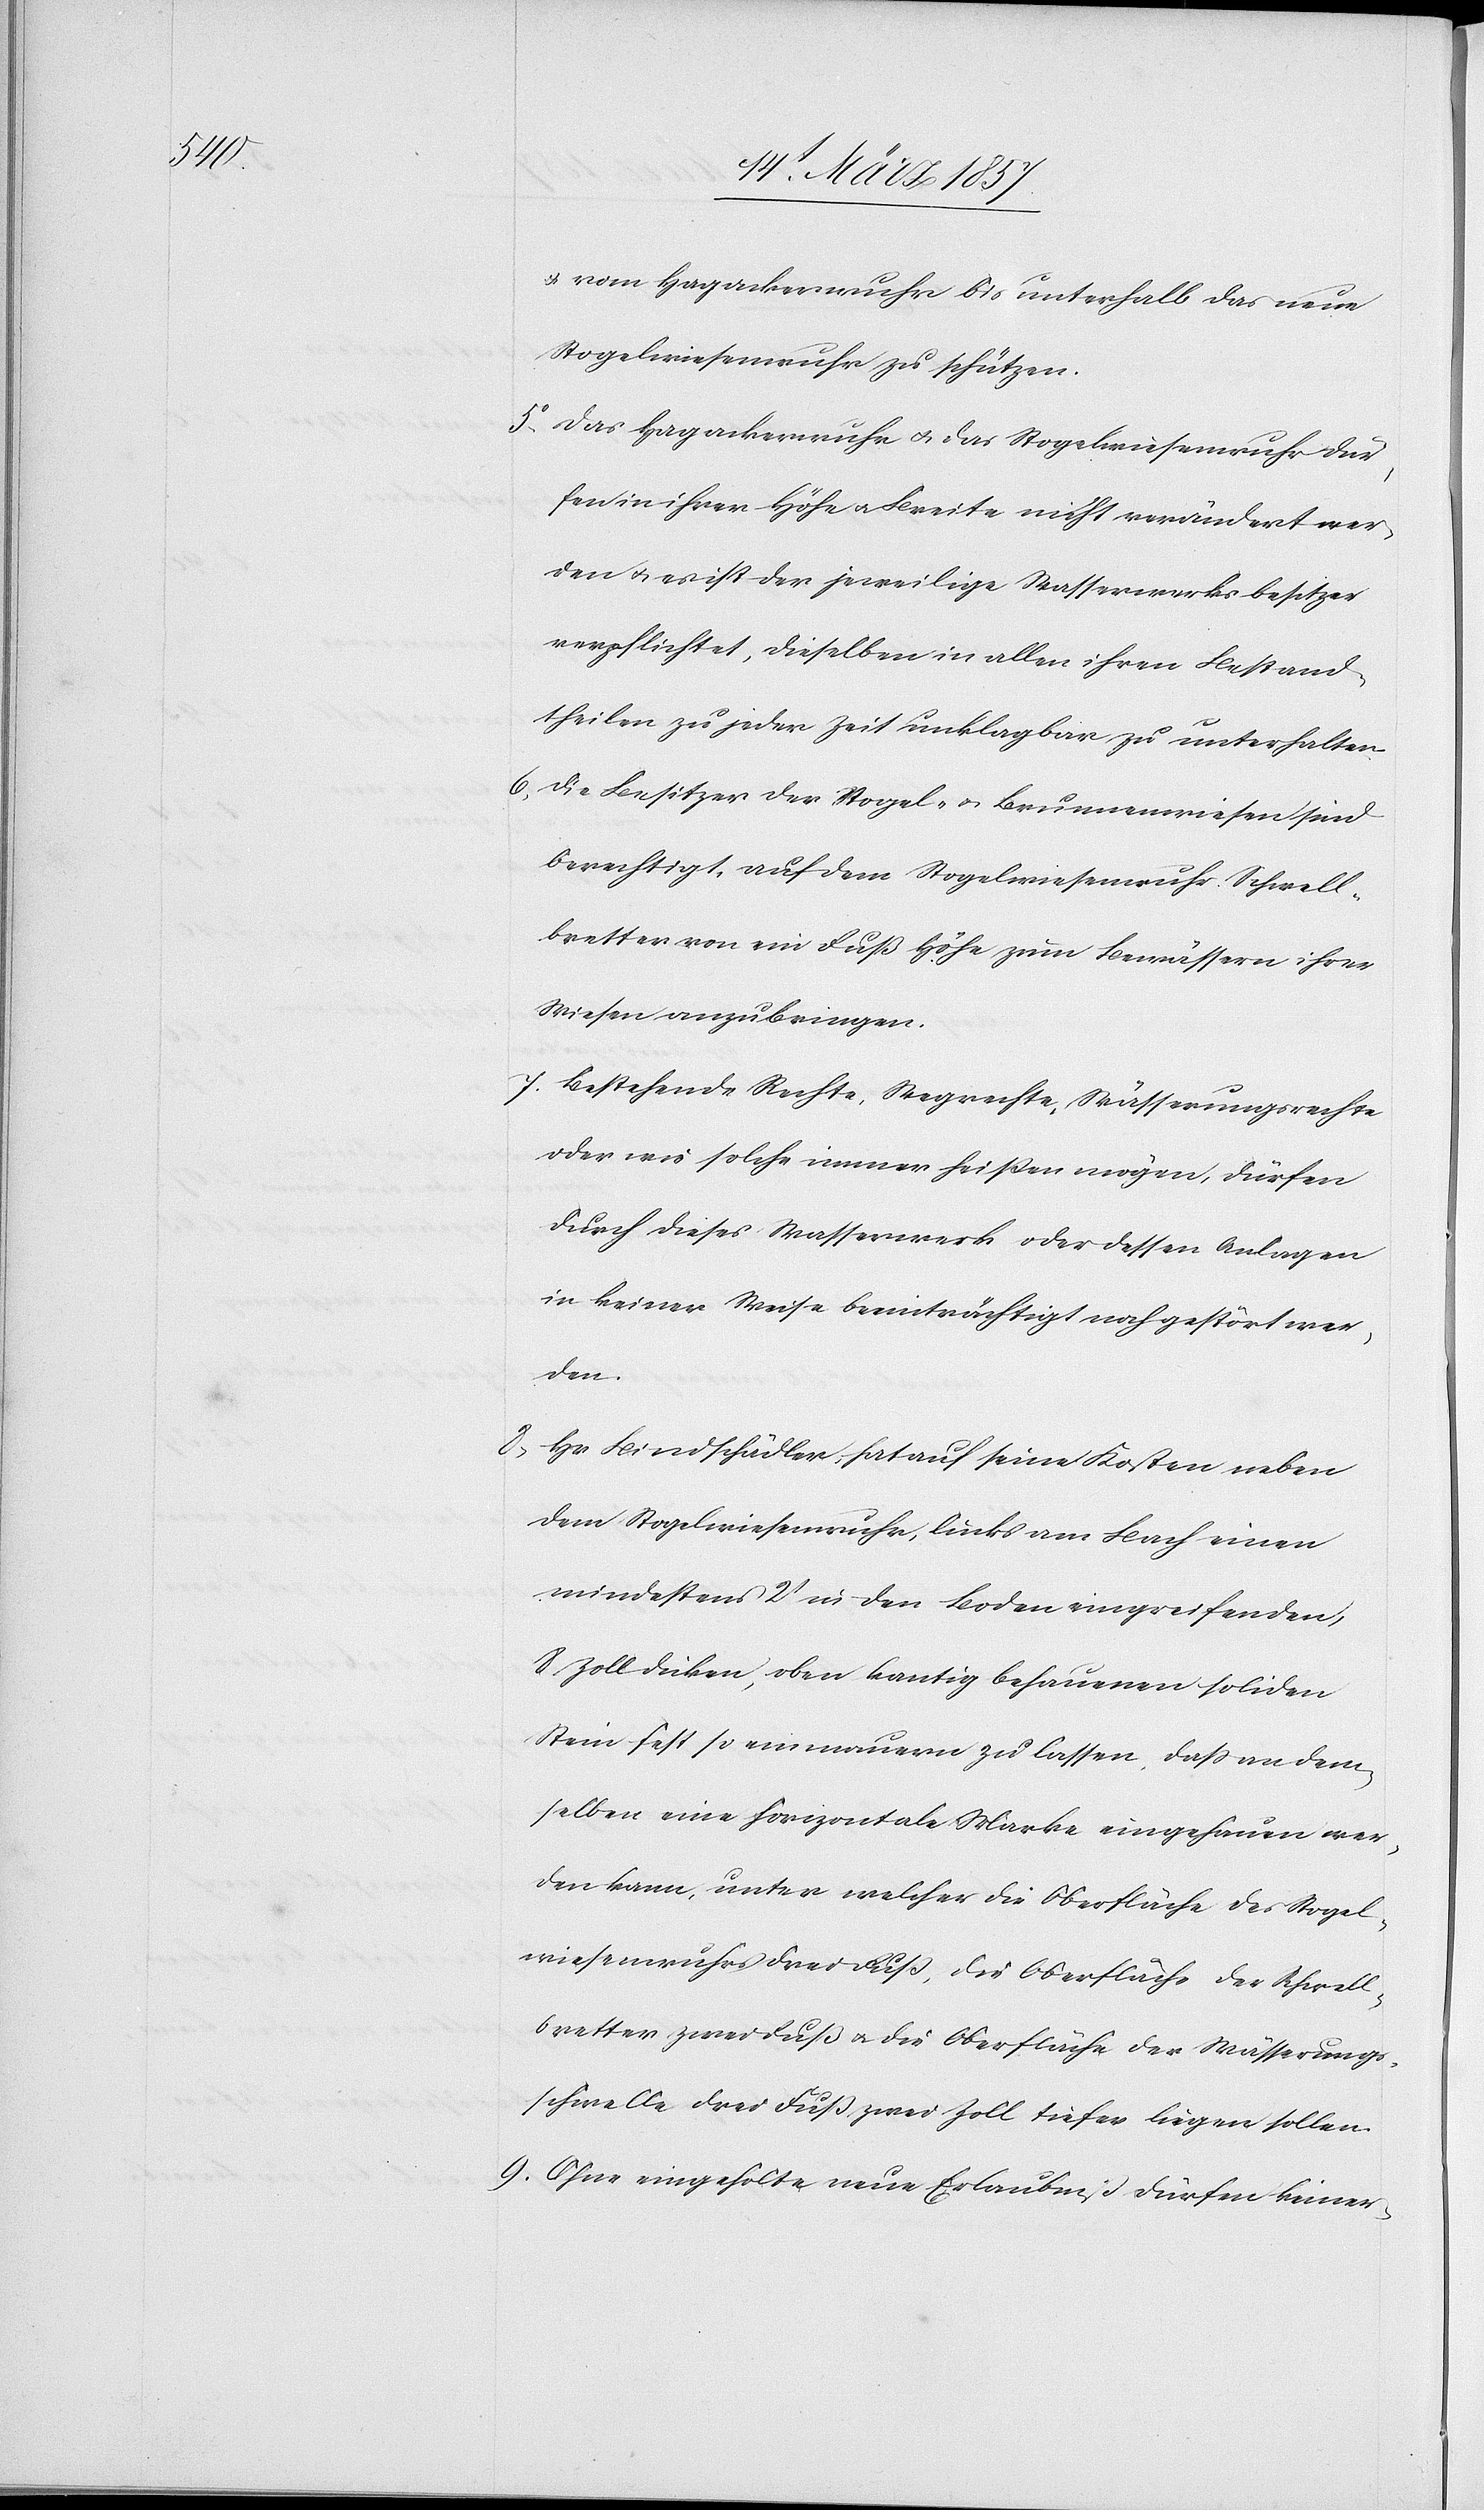
u. vom Hagackerwuhr bis unterhalb das neue
Stogelwiesenwuhr zu schützen.
5o Das Hagackerwuhr u. das Stogelwiesenwuhr dür¬
fen in ihrer Höhe u. Breite nicht verändert wer¬
den u. es ist der jeweilige Wasserwerksbesitzer
verpflichtet, dieselben in allen ihren Bestand¬
theilen zu jeder Zeit unklagbar zu unterhalten.
6. Die Besitzer der Stogel- u. Brunnenwiesen sind
berechtigt, auf dem Stogelwiesenwuhr Schwell¬
bretter von ein Fuß Höhe zum Bewässern ihrer
Wiesen anzubringen.
7. Bestehende Rechte, Wegrechte, Wässerungsrechte
oder wie solche immer heißen mögen, dürfen
durch dieses Wasserwerk oder dessen Anlagen
in keiner Weise beeinträchtigt noch gestört wer¬
den.
8. Hr. Bindschädler hat auf seine Kosten neben
dem Stogelwiesenwuhr, links am Bach einen
mindestens 2‘ in den Boden eingreifenden,
8 Zoll dicken, oben kantig behauenen soliden
Stein fest so einmauern zu lassen, daß an dem¬
selben eine horizontale Marke eingehauen wer¬
den kann, unter welcher die Oberfläche des Stogel¬
wiesenwuhrs drei Fuß, die Oberfläche der Schwell¬
bretter zwei Fuß u. die Oberfläche der Wässerungs¬
schwelle drei Fuß zwei Zoll tiefer liegen sollen.
9. Ohne eingeholte neue Erlaubniß dürfen keiner-